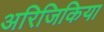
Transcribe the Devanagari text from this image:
अरिजिकिया